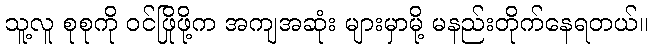
သူ့လူ စုစုကို ဝင်ဖြိုဖို့က အကျအဆုံး များမှာမို့ မနည်းတိုက်နေရတယ်။